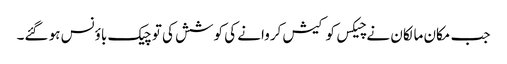
جب مکان مالکان نے چیکس کو کیش کروانے کی کوشش کی تو چیک باؤنس ہو گئے۔